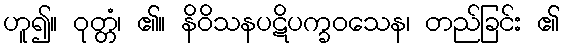
ဟူ၍။ ဝုတ္တံ၊ ၏။ နိဝိသနပဋိပက္ခဝသေန၊ တည်ခြင်း ၏